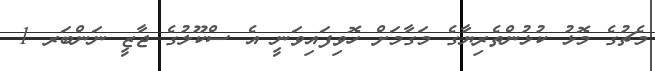
މެޗުގެ މޮޅު ކުޅުންތެރިޔާގެ މަގާމަށް ހޮވިފައިވަނީ އެ ސްކޫލުގެ ޖާޒީ ނަންބަރ 1